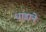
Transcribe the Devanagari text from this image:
धाडाने